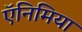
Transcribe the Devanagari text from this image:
ऍनिमिया